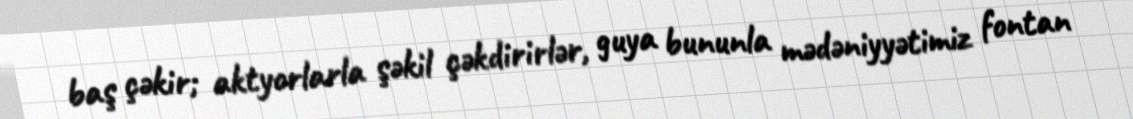
baş çəkir; aktyorlarla şəkil çəkdirirlər, guya bununla mədəniyyətimiz fontan